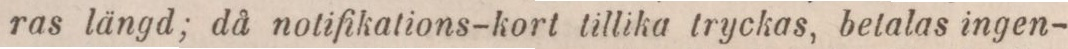
ras längd; då notifikations-kort tillika tryckas, betalas ingen-